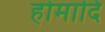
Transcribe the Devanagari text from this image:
होमादि